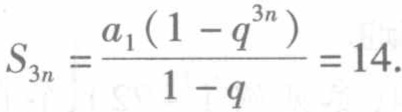
\[S_{3n}=\frac{a_{1}(1 - q^{3n})}{1 - q}=14.\]